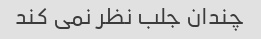
چندان جلب نظر نمی کند